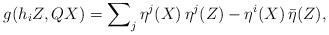
LaTeX: \begin{align*} g(h_iZ,QX) = \sum\nolimits_{j}\eta^j(X)\,\eta^j(Z) -\eta^i(X)\,\bar\eta(Z),\end{align*}